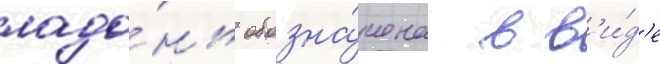
ладо́нь обозна́чена в в'и́д'е